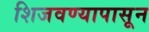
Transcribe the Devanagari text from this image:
शिजवण्यापासून